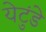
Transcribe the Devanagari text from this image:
येटुंडे